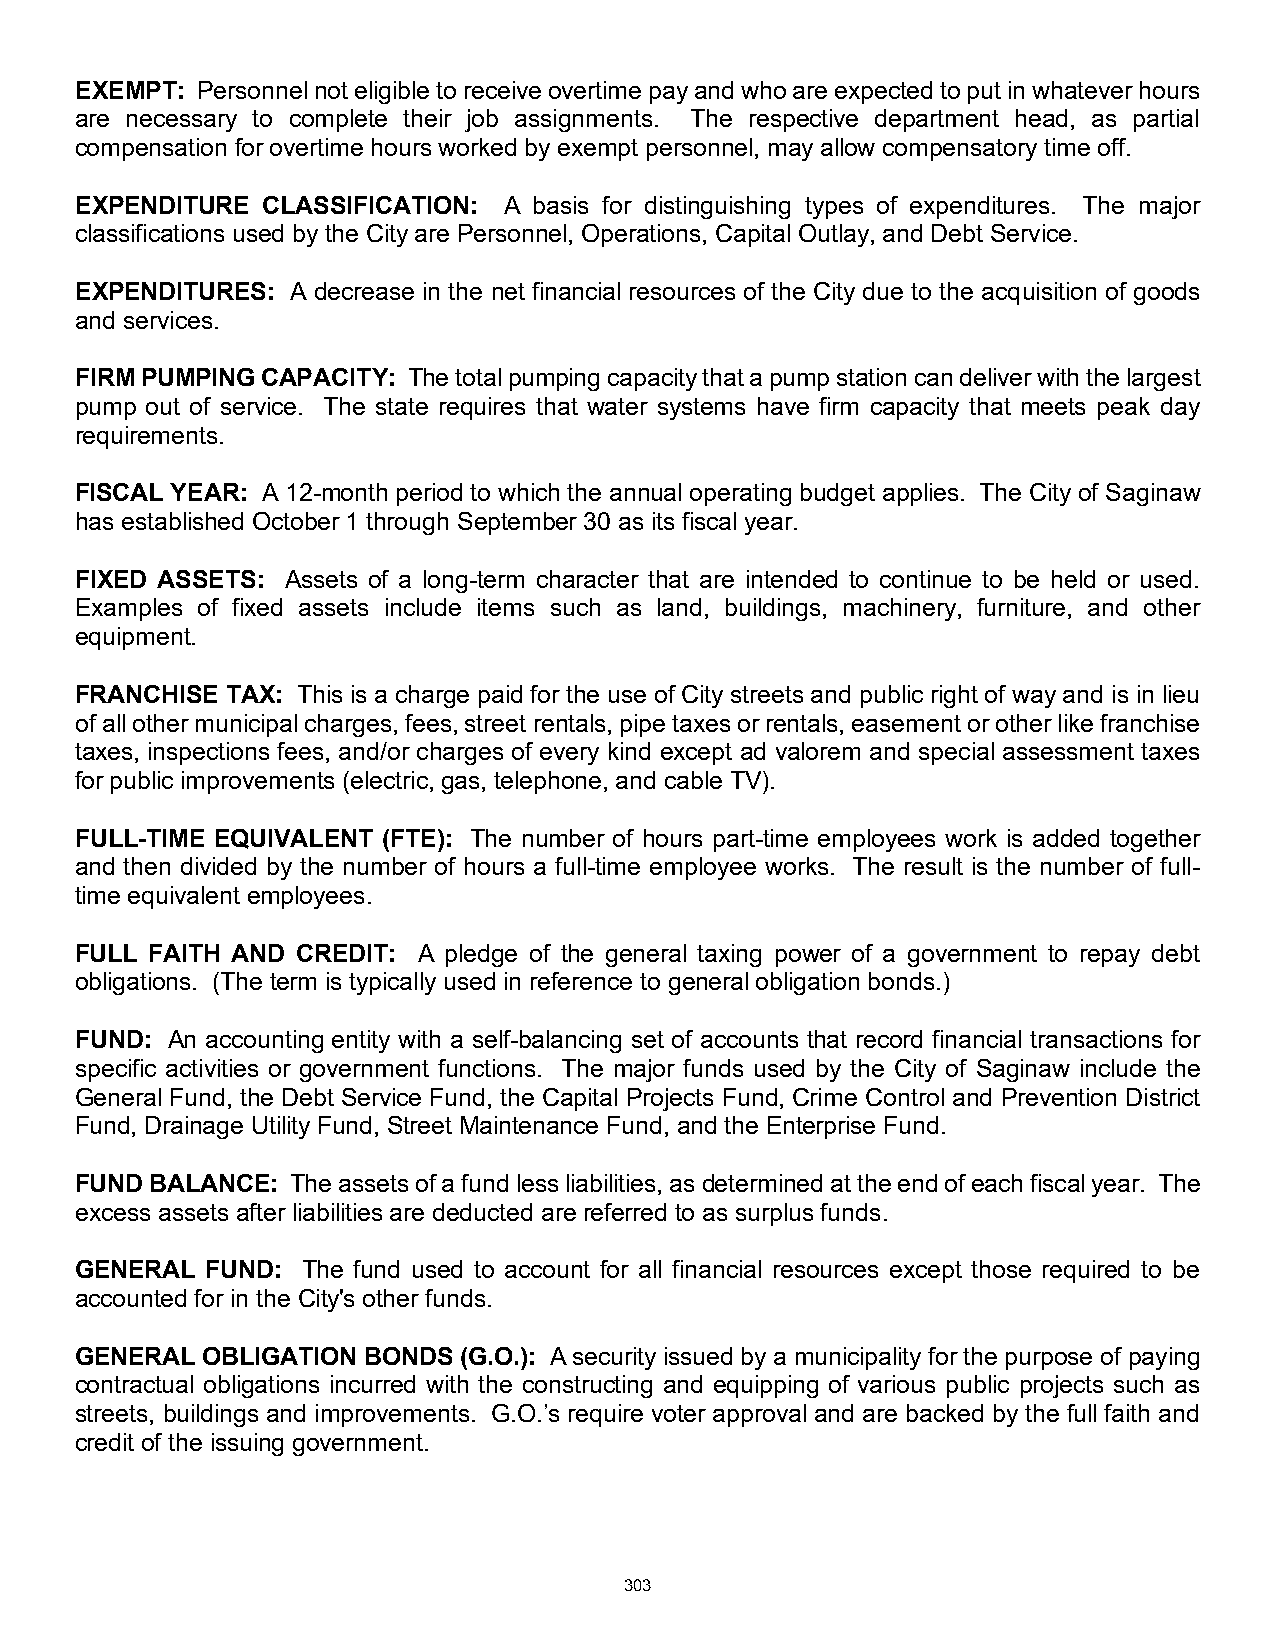
EXEMPT: Personnel not eligible to receive overtime pay and who are expected to put in whatever hours
 are necessary to complete their job assignments. The respective department head, as partial
 compensation for overtime hours worked by exempt personnel, may allow compensatory time off.
 EXPENDITURE CLASSIFICATION: A basis for distinguishing types of expenditures. The major
 classifications used by the City are Personnel, Operations, Capital Outlay, and Debt Service.
 EXPENDITURES: A decrease in the net financial resources of the City due to the acquisition of goods
 and services.
 FIRM PUMPING CAPACITY: The total pumping capacity that a pump station can deliver with the largest
 pump out of service. The state requires that water systems have firm capacity that meets peak day
 requirements.
 FISCAL YEAR: A 12-month period to which the annual operating budget applies. The City of Saginaw
 has established October 1 through September 30 as its fiscal year.
 FIXED ASSETS: Assets of a long-term character that are intended to continue to be held or used.
 Examples of fixed assets include items such as land, buildings, machinery, furniture, and other
 equipment.
 FRANCHISE TAX: This is a charge paid for the use of City streets and public right of way and is in lieu
 of all other municipal charges, fees, street rentals, pipe taxes or rentals, easement or other like franchise
 taxes, inspections fees, and/or charges of every kind except ad valorem and special assessment taxes
 for public improvements (electric, gas, telephone, and cable TV).
 FULL-TIME EQUIVALENT (FTE): The number of hours part-time employees work is added together
 and then divided by the number of hours a full-time employee works. The result is the number of full-
 time equivalent employees.
 FULL FAITH AND CREDIT: A pledge of the general taxing power of a government to repay debt
 obligations. (The term is typically used in reference to general obligation bonds.)
 FUND: An accounting entity with a self-balancing set of accounts that record financial transactions for
 specific activities or government functions. The major funds used by the City of Saginaw include the
 General Fund, the Debt Service Fund, the Capital Projects Fund, Crime Control and Prevention District
 Fund, Drainage Utility Fund, Street Maintenance Fund, and the Enterprise Fund.
 FUND BALANCE: The assets of a fund less liabilities, as determined at the end of each fiscal year. The
 excess assets after liabilities are deducted are referred to as surplus funds.
 GENERAL  FUND: The fund used to account for all financial resources except those required to be
 accounted for in the City's other funds.
 GENERAL OBLIGATION BONDS (G.O.): A security issued by a municipality for the purpose of paying
 contractual obligations incurred with the constructing and equipping of various public projects such as
 streets, buildings and improvements. G.O.’s require voter approval and are backed by the full faith and
 credit of the issuing government.
 303